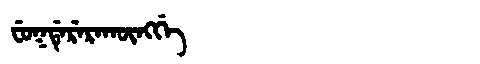
Manchu: ᠸᡠᡴᡩᡝᡵᡝᡵᠠᡴᡡᠩᡤᡝ
Romanization: FUKDERERAKŪNGGE